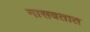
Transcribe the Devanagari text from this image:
नासवतात